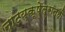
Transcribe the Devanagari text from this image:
नाटय़क्षेत्रातही